Medical and sanitary report of the native army of Madras for the year
Year: 1872
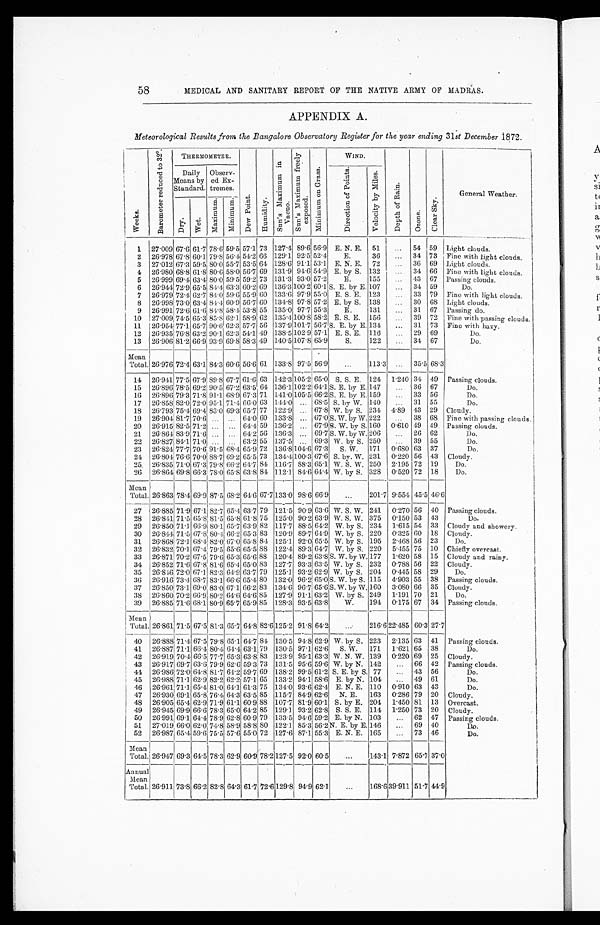
58
MEDICAL AND SANITARY REPORT OF THE NATIVE ARMY OF MADRAS.
APPENDIX A.
Meteorological Results from the Bangalore Observatory Register for the year ending 31 st December 1872.
W e e k s .
B a r o m e t e r r e d u c e d t o 3 2 º .
T H E R M O M E T E R .
D e w P o i n t .
H u m i d i t y .
S u n ' s M a x i m u m i n V a c n o .
S u n ' s M a x i m u m f r e e l y e x p o s e d .
M i n i m u m o n G r a s s .
W I N D .
D e p t h o f R a i n .
O z o n e .
C l e a r S k y .
Gener al Weat her .
D a i l y M e a n s b y S t a n d a r d .
O b s e r v - e d E x - t r e m e s .
D i r e c t i o n o f P o i n t s .
V e l o c i t y b y M i l e s .
D r y .
W e t .
M a x i m u m .
M i n i m u m .
1 27.009 67.6 61.7
7 8 . 6
5 9 . 5
57.1 73 127.4 89.6 56.9 E. N. E. 51
. . .
54
5 9
Light clouds.
2 26.978 67.8 60.1 79.8 56.4 54.2 66 129.1 92.5 52.4
E.
36
...
34 73 Fine with light clouds.
3 27.012 67.3 59.5 80.0 55.7 53.5 61 128.6 91.1 53.1 E. N. E. 72
. . .
36 69 Light clouds.
4 26.980 68.8 61.8 80.6 58.0 56.7 69 131.9 94.6 54.9 E. by S. 132
. . .
34 66 Fine with light clouds.
5 26.999 69.4 63.4 80.0 59.5 59.2 73 131.3 93.0 57.2
E.
155
. . .
43 67 Passing clouds.
6 26.944 72.9 65.5
8 4 . 4
6 3 . 3
60.2 69 136.3 100.2 60.1 S. E. by E. 107
. . .
34 59
Do.
7 26.979 72.4 62.7
8 4 . 0
5 9 . 6
55.9 60 133.6 97.9 55.0 E. S. E. 123
. . .
33 79 Fine with light clouds.
8 26.998 73.0 63.4 84.4 60.9 56.7 60 134.8 97.8 57.2 E. by S. 138
. . .
30 68 Light clouds.
9 26.991 72.6 61.6 84.8 58.4 53.8
5 5
135.0 97.7 55.3
E.
131
. . .
31 67 Passing do.
10 27.009 74.5 65.3 85.8 62.1 58.9 62 135.4 100.8 58.2 E. S. E. 156
. . .
39 72 Fine with passing clouds.
11 26.954
7 7 . 1
65.7 90.6 62.3 57.7 56 137.9
1 0 1 . 7
56.7 S. E. by E. 134
. . .
31 73 Fine with hazy.
12 26.935 76.8 63.2 90.1 62.3 54.1 49 138.5 102.9 57.1 E. S. E. 116
. . .
29 69
Do.
13 26.906 81.2 66.9 93.9 69.8 58.3 49 140.5 107.8 65.9
S.
122
. . .
34 67
Do.
Mean
Total. 26.976 72.4 63.1 84.3 60.6 56.6 61 133.8 97.5 56.9
. . .
113.3
. . .
35.5 68.3
14 26.911 77.5 67.9 89.8 67.7 61.6 63 142.3
1 0 5 . 2
65.0 S. S. E. 124 1 1.240 34 49 Passing clouds.
15 26.896 78.5 69.2 90.5 67.2 63.5 64 136.1
1 0 2 . 2
64.1 S. E. by E. 147
. . .
36 67
Do.
16 26.896 79.3 71.8 91.1 68.9 67.3 71 141.0 105.5 66.2 S. E. by E. 159
. . .
33 56
Do.
17 26.858 82.0 72.0 95.1 71.4 66.0 63 144.0
. . .
68.5 S. by W. 140
. . .
31 55
Do.
18 26.793 75.4 69.4 83.0 69.3 65.7 77 122.9
. . .
67.8 W. by S. 234 4.89 43 29 Cloudy.
19 26.904 81.7 70.6
. . .
. . .
64.0
6 0
133.8
. . .
67.0 S. W. by W. 222
. . .
38 68 Fine with passing clouds.
20 26.915 82.5 71.2
. . .
. . .
64.4 59 136.2
. . .
67.9 S. W. by S. 160 0.610 49 49 Passing clouds.
21 26.864 83.9 71.6
. . . . . .
64.2 56 136.3
. . .
69.7
S . W . b y W .
206
. . .
2 6
62
Do.
22 26.827 84.1 71.0
. . . . . .
63.21
5 5
137.5
. . .
69.3 W. by S. 250
. . .
39 55
Do.
23 26.824 77.7 70.6 91.5 68.4 65.9 72 136.8
1 0 4 . 6
67.3 S. W. 171 0.680 63 37
Do.
24 26.804 76.6 70.0 88.7 69.2 65.5 73 134.4 100.3 67.6 S. by. W. 231 0.220 56 43 Cloudy.
25 26.835 71.0 67.3 79.8 66.2 64.7 84 116.7 88.3 65.1 W. S. W. 250 2.195 72 19
Do.
26 26.864 69.8 66.3 78.0 65.8 63.8
8 4
112.1 84.6 64.4 W. by S. 328 0.520 72 18
Do.
Mean
Total. 26.863 78.4 69.9 87.5 68.2 64.6
6 7 . 7
1 3 3 . 0
98.6 66.9
. . .
201.7 9.554 45.5 46.6
27 26.885 71.9 67.1 82.7 65.4 63.7 79 121.5 90.9 63.6 W. S. W. 241 0.270 56 40 Passing clouds.
28 26.841 71.5 65.8 81.5 65.8 61.8 75 125.0 90.2 63.9 W. S. W. 375 0.150 53 43
Do.
29 26.850 71.1
6 6 . 9
8 0 . 1
65.7 63.9 82 117.7 88.5 64.2 W. by S. 234 1.615 54 33 Cloudy and showery.
30 26.844 71.5
6 7 . 8
8 0 . 4
66.2 65.3 83 120.9 89.7 64.9 W. by S. 220 0.325 60 18 Cloudy.
31 26.868 72.1
6 8 . 4
82.0 67.0 65.8 84 125.1 92.0 65.5 W. by S. 195 2.468 56 23
Do.
32 26.832 70.1 67.4 79.5 65.6 65.5 88 122.4 89.3 64.7 W. by S. 220 5.455 75 10 Chiefly overcast.
33 26.871 70.2
6 7 . 5
7 9 . 6
65.3 65.6 88 120.4 89.2 63.8
S . W . b y W .
177 1.620 58 15 Cloudy and rainy.
34 26.852 71.6 67.8 81.6 65.4 65.0 83 127.7 93.3 63.5 W. by S. 232 0.788 56 22 Cloudy.
35 26.846 72.0
6 7 . 1
8 2 . 3
64.9 63.7 79 125.1
9 3 . 2
6 2 . 9
W. by S. 204 0.445 58 29
Do.
3 6
26.916 73.4 68.7 83.1 66.6 65.4 80 132.0
9 6 . 2
6 5 . 0
S. W. by S. 115 4.903 55 38 Passing clouds.
3 7
26.850 73.1 69.0 83.0 67.1 66.2 83 134.6 96.7 65.6
S . W . b y W .
160 3.080 66 35 Cloudy.
38 26.860 70.2 66.9 80.2 64.6 64.6 85 127.9 91.1 63.2 W. by S. 249 1.191 70 21
Do.
39 26.885 71.6 68.1 80.9 65.7 65.9 85 128.3 93.5 63.8
W.
194 0.175 67 34 Passing clouds.
Mean
Total.
2 6 . 8 6 1 .
7 1 . 5
6 7 . 5
81.3 65.7 64.8
8 2 . 6
1 2 5 . 2
91.8 64.2
. . .
2 1 6 . 6
2 2 . 4 8 5
60.3 27.7
40 26.888 71.4 67.5 79.8 65.1 64.784 130.5 94.8 62.9 W. by S. 223 2.135 63 41 Passing clouds.
4 1
2 6 . 8 8 7
7 1 . 1
66.4 80.4 64.4 63.1 79 130.5 97.1 62.6 S. W. 171 1.621 65 38
Do.
42
2 6 . 9 1 9
70.4
6 6 . 5
77.7 65.3 63.8 83 123.9 95.1 63.3 W. N. W. 139 0.220 69 25 Cloudy.
43
2 6 . 9 1 7
69.7 63.6 79.9 62.6 59.3 73 131.5 95.6 59.6 W. by N. 142
. . .
66 42 Passing clouds.
44
2 6 . 9 8 6
72.0
6 4 . 8
81.7 64.2 59.7 69 138.2 99.5 61.2 S. E. by S. 77
. . .
43 56
Do.
45 26.988 71.1 62.9 82.2 62.2 57.1 65 133.2 94.1 58.6 E. by N. 104
. . .
49 61
Do.
46
2 6 . 9 6 1
71.1 65.4 81.0 64.1. 61.3 75 134.0 93.6 62.4 E. N. E. 110 0.910 63 43
Do.
47 26.930 69.1 65.8 76.4 64.3 63.5 85 115.7 84.9 62.6 N. E.
163 0.286 79 20 Cloudy.
48 26.905 65.4 62.9 71.9 61.1 60.9 88 107.7 81.9 60.1 S. by E. 204 1.450 81 13 Overcast.
49
2 6 . 9 4 5
69.9 66.6 78.3 65.0 64.2 85 129.1 93.2 62.8 S. S. E. 114 1.250 73 20 Cloudy.
50 26.991 69.1 64.4 78.9 62.8 60.9 79 133.5 94.6 59.2 E. by N. 103
. . .
62 47 Passing clouds.
51 27.019 66.0 62.0 74.8 58.9 58.8 80 122.1 85.3 56.2
N . E . b y E .
146
. . .
69 40
Do.
52 26.987 65.4 59.6 75.5 57.6 55.0 72 127.6 87.1 55.3 E. N. E. 165
. . .
73 46
Do.
Mean
Total. 26.947 69.3 64.5 78.3 62.9 60.9 78.2 127.5 92.0 60.5
. . .
143.1 7.872 65.7 37.0
Annual
Mean
Total. 26.911 73.8 66.2 82.8 64.3 61.7
7 2 . 6
129.8 94.9 62.1
. . .
1 6 8 . 6
3 9 . 9 1 1
51.7
4 4 . 9